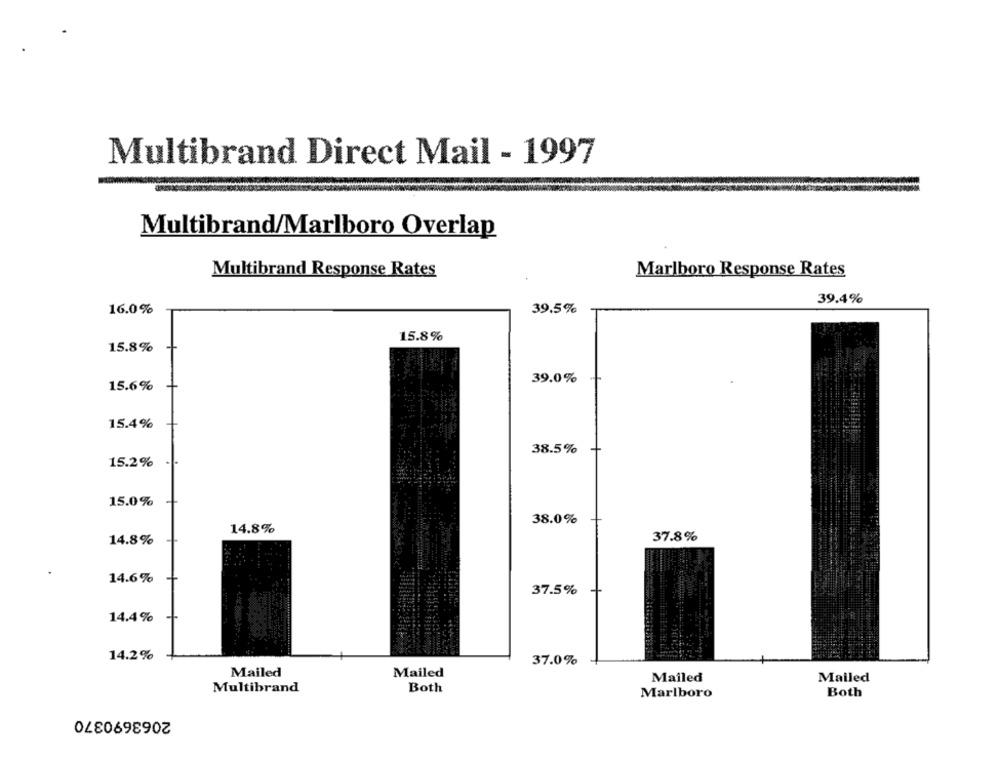
Multibrand Direct Mail - 1997
Multibrand/Marlboro Overlap
Multibrand Response Rates
Marlboro Response Rates
39.4%
16.0%
39,5%
15.8%
15.8%
39.0%
15.6%
15.4%
38.5%
15.2%
15.0%
38.0%
14.8%
14.8%
37.8%
14.6%
37.5%
14.4%
14.2%
37.0%
Mailed
Mailed
Mailed
Mailed
Multibrand
Both
Both
Marlboro
2063690370